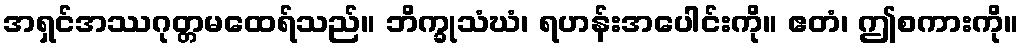
အရှင်အဿဂုတ္တမထေရ်သည်။ ဘိက္ခုသံဃံ၊ ရဟန်းအပေါင်းကို။ ဧတံ၊ ဤစကားကို။